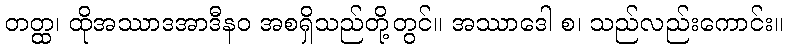
တတ္ထ၊ ထိုအဿာဒအာဒီနဝ အစရှိသည်တို့တွင်။ အဿာဒေါ စ၊ သည်လည်းကောင်း။